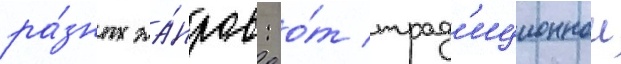
ра́зных жа́нров: о́т трад'иционнои